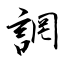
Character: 誷